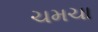
ચમચા